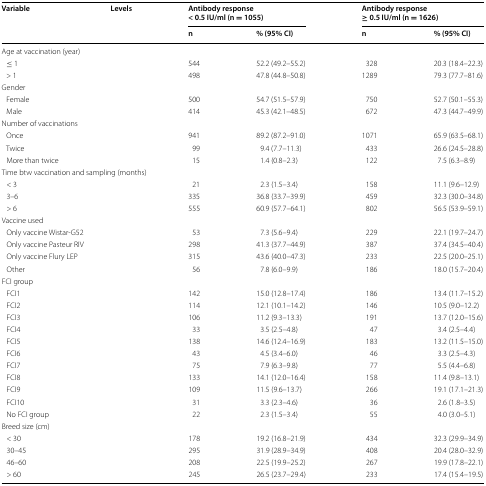
<table><thead><tr><td rowspan="2"><b>Variable</b></td><td rowspan="2"><b>Levels</b></td><td colspan="2"><b>Antibody response&lt; 0.5 IU/ml (n = 1055)</b></td><td colspan="2"><b>Antibody response≥ 0.5 IU/ml (n = 1626)</b></td></tr><tr><td><b>n</b></td><td><b>% (95% CI)</b></td><td><b>n</b></td><td><b>% (95% CI)</b></td></tr></thead><tbody><tr><td colspan="6">Age at vaccination (year)</td></tr><tr><td colspan="2"> ≤ 1</td><td>544</td><td>52.2 (49.2–55.2)</td><td>328</td><td>20.3 (18.4–22.3)</td></tr><tr><td colspan="2"> &gt; 1</td><td>498</td><td>47.8 (44.8–50.8)</td><td>1289</td><td>79.3 (77.7–81.6)</td></tr><tr><td colspan="6">Gender</td></tr><tr><td colspan="2"> Female</td><td>500</td><td>54.7 (51.5–57.9)</td><td>750</td><td>52.7 (50.1–55.3)</td></tr><tr><td colspan="2"> Male</td><td>414</td><td>45.3 (42.1–48.5)</td><td>672</td><td>47.3 (44.7–49.9)</td></tr><tr><td colspan="6">Number of vaccinations</td></tr><tr><td colspan="2"> Once</td><td>941</td><td>89.2 (87.2–91.0)</td><td>1071</td><td>65.9 (63.5–68.1)</td></tr><tr><td colspan="2"> Twice</td><td>99</td><td>9.4 (7.7–11.3)</td><td>433</td><td>26.6 (24.5–28.8)</td></tr><tr><td colspan="2"> More than twice</td><td>15</td><td>1.4 (0.8–2.3)</td><td>122</td><td>7.5 (6.3–8.9)</td></tr><tr><td colspan="6">Time btw vaccination and sampling (months)</td></tr><tr><td colspan="2"> &lt; 3</td><td>21</td><td>2.3 (1.5–3.4)</td><td>158</td><td>11.1 (9.6–12.9)</td></tr><tr><td colspan="2"> 3–6</td><td>335</td><td>36.8 (33.7–39.9)</td><td>459</td><td>32.3 (30.0–34.8)</td></tr><tr><td colspan="2"> &gt; 6</td><td>555</td><td>60.9 (57.7–64.1)</td><td>802</td><td>56.5 (53.9–59.1)</td></tr><tr><td colspan="6">Vaccine used</td></tr><tr><td colspan="2"> Only vaccine Wistar-G52</td><td>53</td><td>7.3 (5.6–9.4)</td><td>229</td><td>22.1 (19.7–24.7)</td></tr><tr><td colspan="2"> Only vaccine Pasteur RIV</td><td>298</td><td>41.3 (37.7–44.9)</td><td>387</td><td>37.4 (34.5–40.4)</td></tr><tr><td colspan="2"> Only vaccine Flury LEP</td><td>315</td><td>43.6 (40.0–47.3)</td><td>233</td><td>22.5 (20.0–25.1)</td></tr><tr><td colspan="2"> Other</td><td>56</td><td>7.8 (6.0–9.9)</td><td>186</td><td>18.0 (15.7–20.4)</td></tr><tr><td colspan="6">FCI group</td></tr><tr><td colspan="2"> FCI1</td><td>142</td><td>15.0 (12.8–17.4)</td><td>186</td><td>13.4 (11.7–15.2)</td></tr><tr><td colspan="2"> FCI2</td><td>114</td><td>12.1 (10.1–14.2)</td><td>146</td><td>10.5 (9.0–12.2)</td></tr><tr><td colspan="2"> FCI3</td><td>106</td><td>11.2 (9.3–13.3)</td><td>191</td><td>13.7 (12.0–15.6)</td></tr><tr><td colspan="2"> FCI4</td><td>33</td><td>3.5 (2.5–4.8)</td><td>47</td><td>3.4 (2.5–4.4)</td></tr><tr><td colspan="2"> FCI5</td><td>138</td><td>14.6 (12.4–16.9)</td><td>183</td><td>13.2 (11.5–15.0)</td></tr><tr><td colspan="2"> FCI6</td><td>43</td><td>4.5 (3.4–6.0)</td><td>46</td><td>3.3 (2.5–4.3)</td></tr><tr><td colspan="2"> FCI7</td><td>75</td><td>7.9 (6.3–9.8)</td><td>77</td><td>5.5 (4.4–6.8)</td></tr><tr><td colspan="2"> FCI8</td><td>133</td><td>14.1 (12.0–16.4)</td><td>158</td><td>11.4 (9.8–13.1)</td></tr><tr><td colspan="2"> FCI9</td><td>109</td><td>11.5 (9.6–13.7)</td><td>266</td><td>19.1 (17.1–21.3)</td></tr><tr><td colspan="2"> FCI10</td><td>31</td><td>3.3 (2.3–4.6)</td><td>36</td><td>2.6 (1.8–3.5)</td></tr><tr><td colspan="2"> No FCI group</td><td>22</td><td>2.3 (1.5–3.4)</td><td>55</td><td>4.0 (3.0–5.1)</td></tr><tr><td colspan="6">Breed size (cm)</td></tr><tr><td colspan="2"> &lt; 30</td><td>178</td><td>19.2 (16.8–21.9)</td><td>434</td><td>32.3 (29.9–34.9)</td></tr><tr><td colspan="2"> 30–45</td><td>295</td><td>31.9 (28.9–34.9)</td><td>408</td><td>20.4 (28.0–32.9)</td></tr><tr><td colspan="2"> 46–60</td><td>208</td><td>22.5 (19.9–25.2)</td><td>267</td><td>19.9 (17.8–22.1)</td></tr><tr><td colspan="2"> &gt; 60</td><td>245</td><td>26.5 (23.7–29.4)</td><td>233</td><td>17.4 (15.4–19.5)</td></tr></tbody></table>